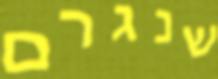
שנגרם